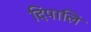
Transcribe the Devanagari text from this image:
दिपालि